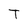
Character: T